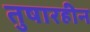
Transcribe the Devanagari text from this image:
तुषारहीन